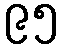
၉၅